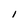
Character: I